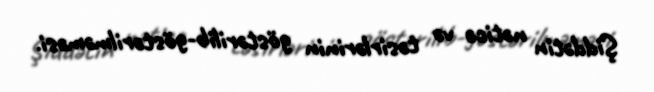
Şiddətin nəticə və təsirlərinin göstərilib-göstərilməməsi.